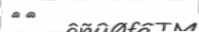
٢٠